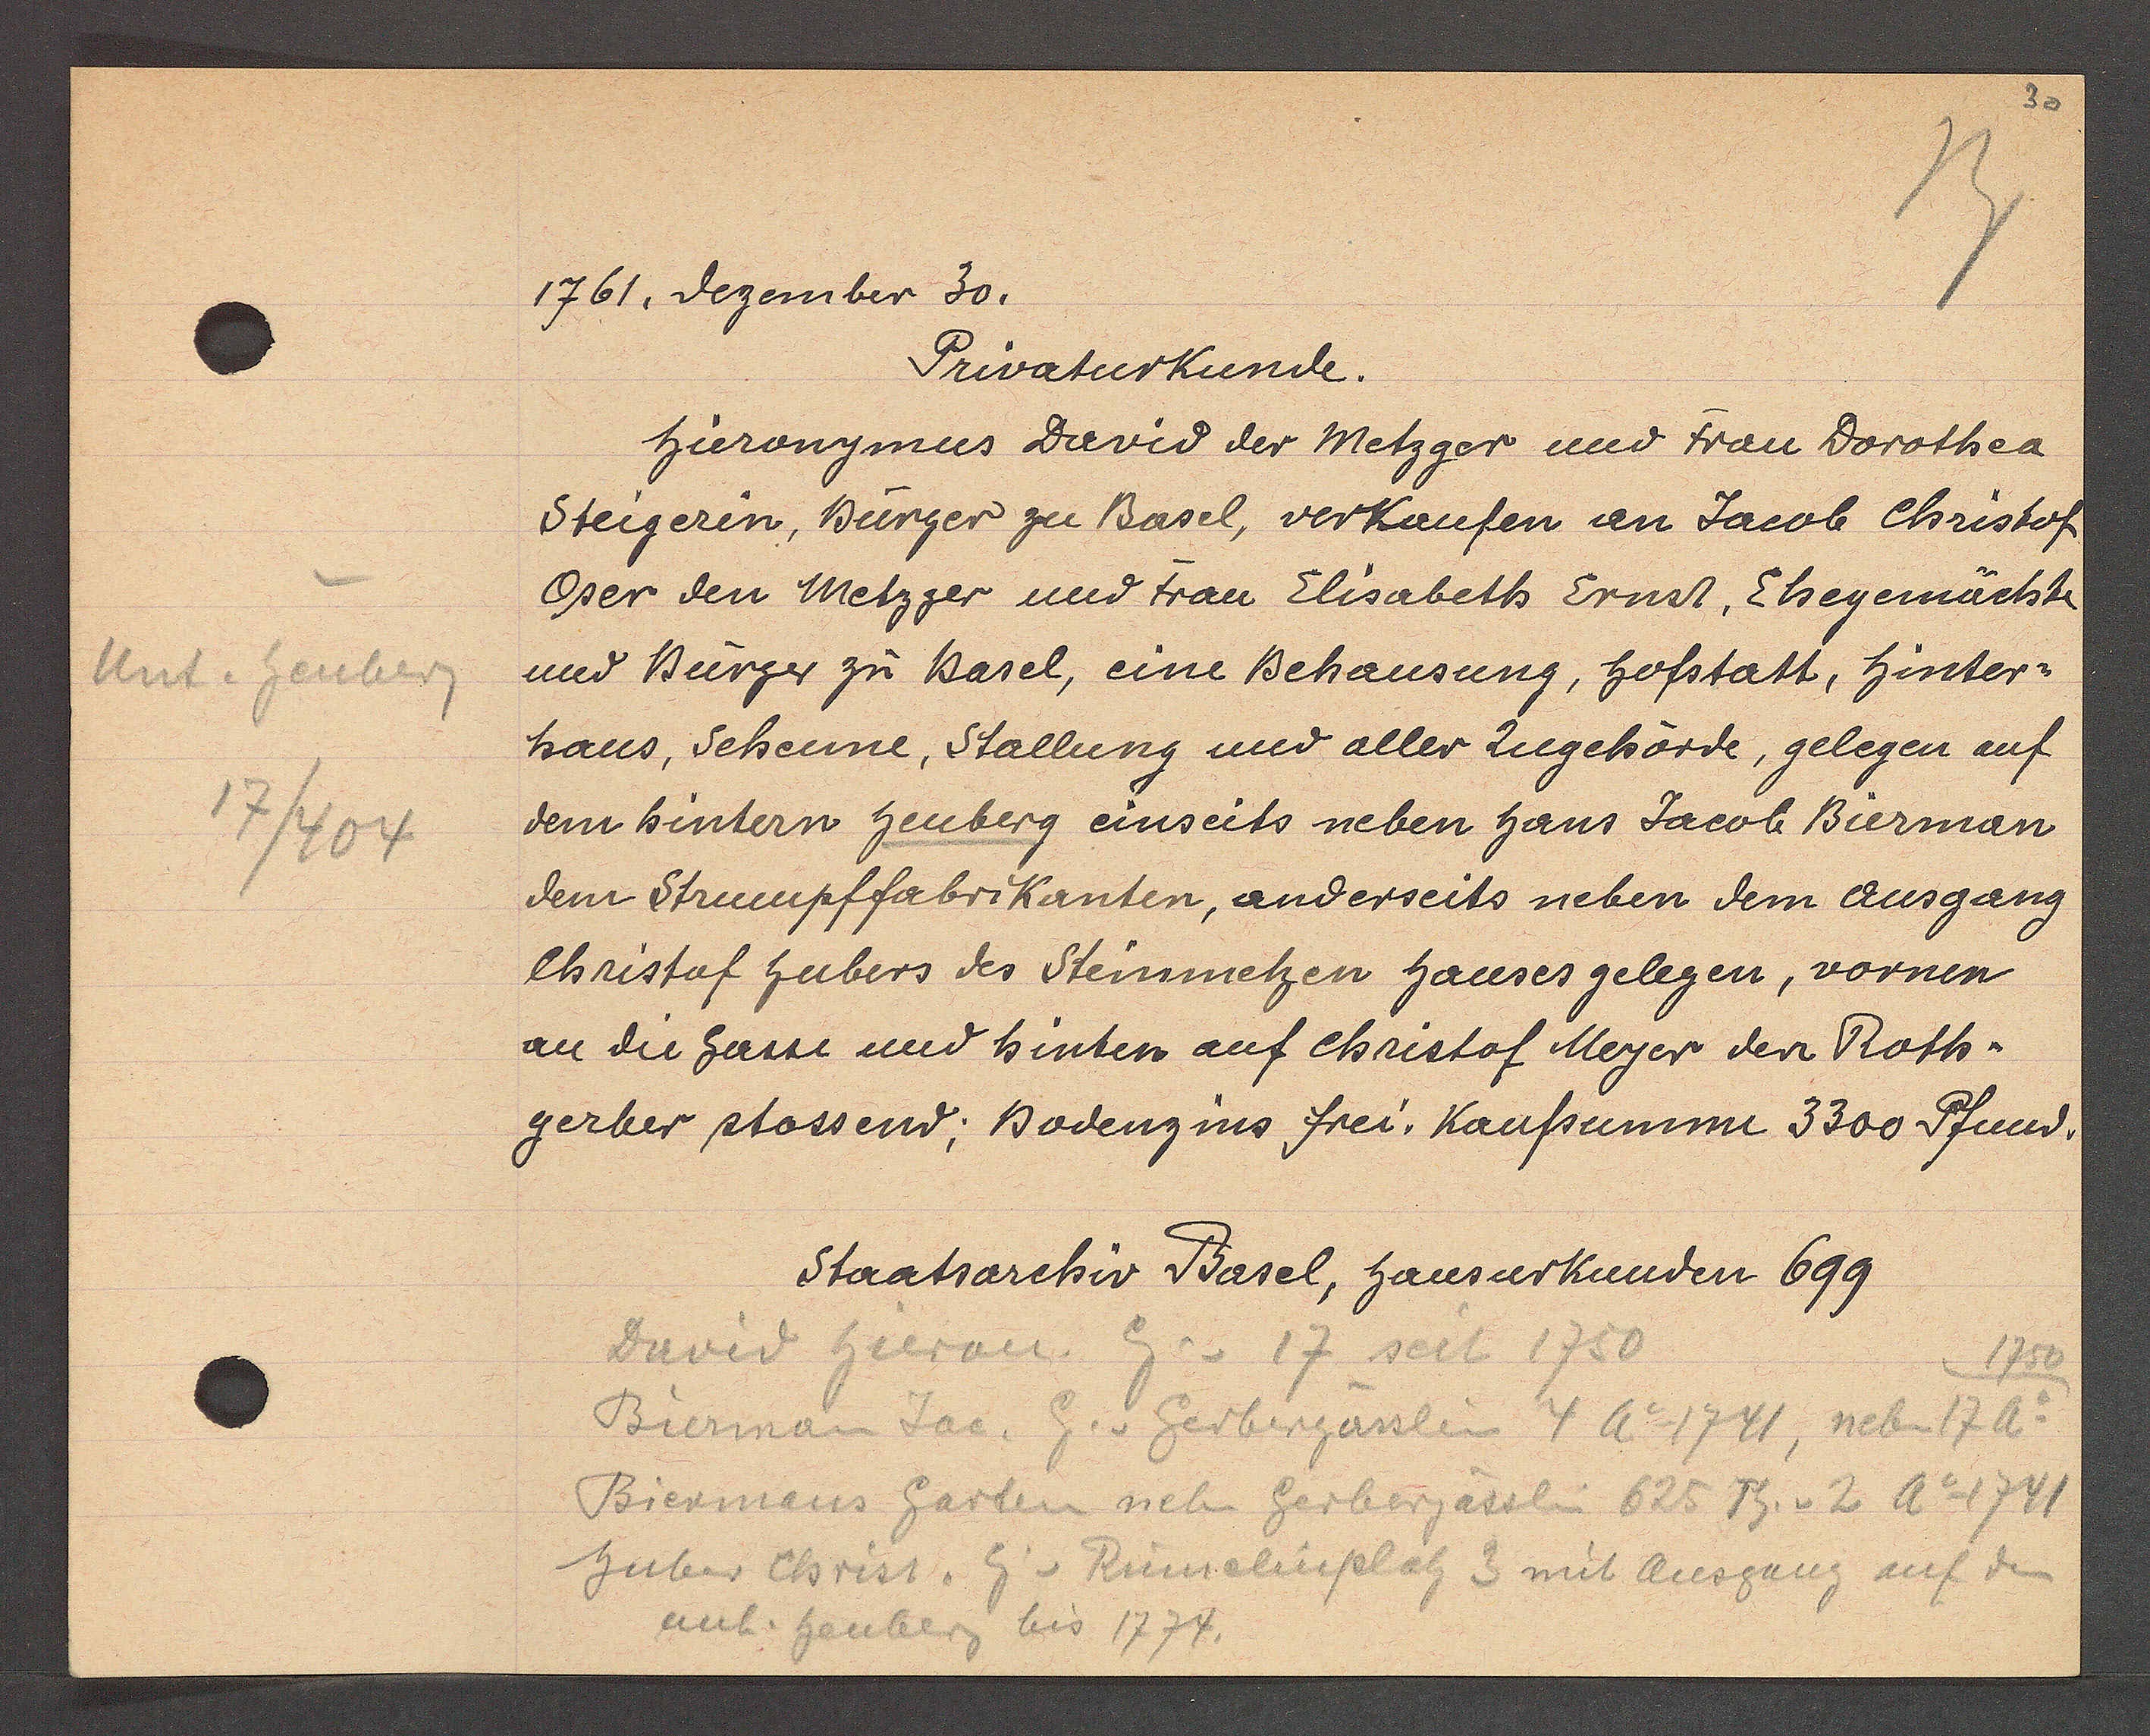
Transcript:
Unt. heuberg
17/404

1761. dezember 30,

Privaturkunde.
hieronymus David der Metzger und Frau Dorothea
Steigerin, Bürger zu Basel, verkaufen an Jacob Christof
Oser den Metzger und Frau Elisabeth Ernst, Ehegemächte
und Bürger zu Basel, eine Behausung, hofstatt, hinter¬
haus, Scheune, Stallung und aller Zugehörde, gelegen auf
dem hintern heuberg einseits neben haus Jacob Bierman
dem Strumpffabrikanten, anderseits neben dem ausgang
Christaf Gubers des Steinmetzen hauses gelegen, vornen
au die Gasse und hinten auf Christof Meyer den Roth-
gerber stossend; Bodenzins frei. Kaufsumme 3300 Pfund.

Staatsarchiv Basel, hausurkunden 699

David hieron. Eig. v 17 seit 1750
Bierman Jac. Eg. v. Gerbergässlein 4 Ao 1741, neben 17 Ao
Biermans Garten neben Gerbergässlin 625 Th. v 2 Ao 1741
huber christ. Eig v Rümelinplatz 3 mit Ausgaug auf den
unt. heuberg bis 1774.
1759